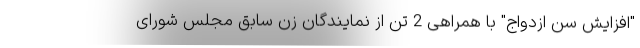
"افزایش سن ازدواج" با همراهی 2 تن از نمایندگان زن سابق مجلس شورای